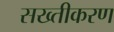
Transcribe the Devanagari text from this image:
सख्तीकरण